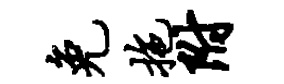
免拖附